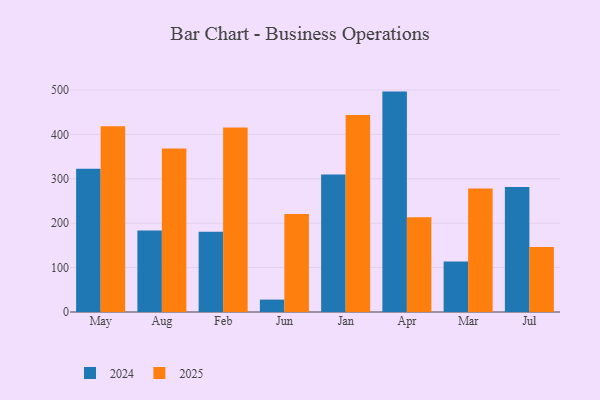
{"axis": {"x": "Month", "y": "Waste Production (Tons)"}, "legend": ["2024", "2025"], "data": [{"x": "May", "y": 322.7, "type": "2024"}, {"x": "May", "y": 418.6, "type": "2025"}, {"x": "Aug", "y": 183.7, "type": "2024"}, {"x": "Aug", "y": 368.0, "type": "2025"}, {"x": "Feb", "y": 180.5, "type": "2024"}, {"x": "Feb", "y": 415.8, "type": "2025"}, {"x": "Jun", "y": 27.9, "type": "2024"}, {"x": "Jun", "y": 221.0, "type": "2025"}, {"x": "Jan", "y": 309.9, "type": "2024"}, {"x": "Jan", "y": 443.5, "type": "2025"}, {"x": "Apr", "y": 496.4, "type": "2024"}, {"x": "Apr", "y": 213.2, "type": "2025"}, {"x": "Mar", "y": 113.5, "type": "2024"}, {"x": "Mar", "y": 278.0, "type": "2025"}, {"x": "Jul", "y": 281.7, "type": "2024"}, {"x": "Jul", "y": 146.2, "type": "2025"}]}